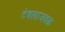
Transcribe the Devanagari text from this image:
टेबलाजवळ